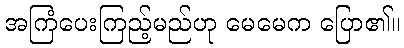
အကြံပေးကြည့်မည်ဟု မေမေက ပြော၏။